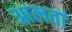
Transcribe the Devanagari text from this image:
आलतां